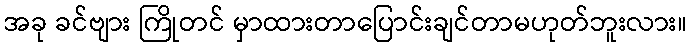
အခု ခင်ဗျား ကြိုတင် မှာထားတာပြောင်းချင်တာမဟုတ်ဘူးလား။